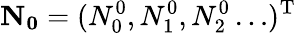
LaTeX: \mathbf{N_{0}}=(N_{0}^{0},N_{1}^{0},N_{2}^{0}\dots)^{\mathrm{T}}